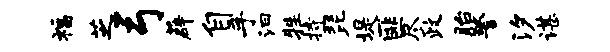
福芝弓薜自手汩牲持琵堤匪尽政眙警汐谌